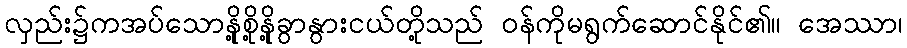
လှည်း၌ကအပ်သောနို့စို့နို့ခွာနွားငယ်တို့သည် ဝန်ကိုမရွက်ဆောင်နိုင်၏။ အေဿာ၊